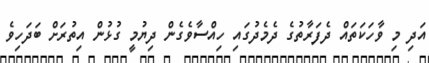
އަދި މި ވާހަކަތައް ދެފަރާތުގެ ދެމެދުގައި ހިއްސާވެގެން ދިޔުމީ ގުޅުން އިތުރަށް ބަދަހިވެ